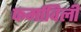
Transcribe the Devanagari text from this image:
फर्माविली